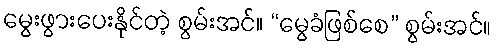
မွေးဖွားပေးနိုင်တဲ့ စွမ်းအင်။ “မွေခံဖြစ်စေ” စွမ်းအင်။